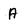
Character: A